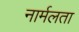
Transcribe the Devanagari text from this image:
नार्मलता